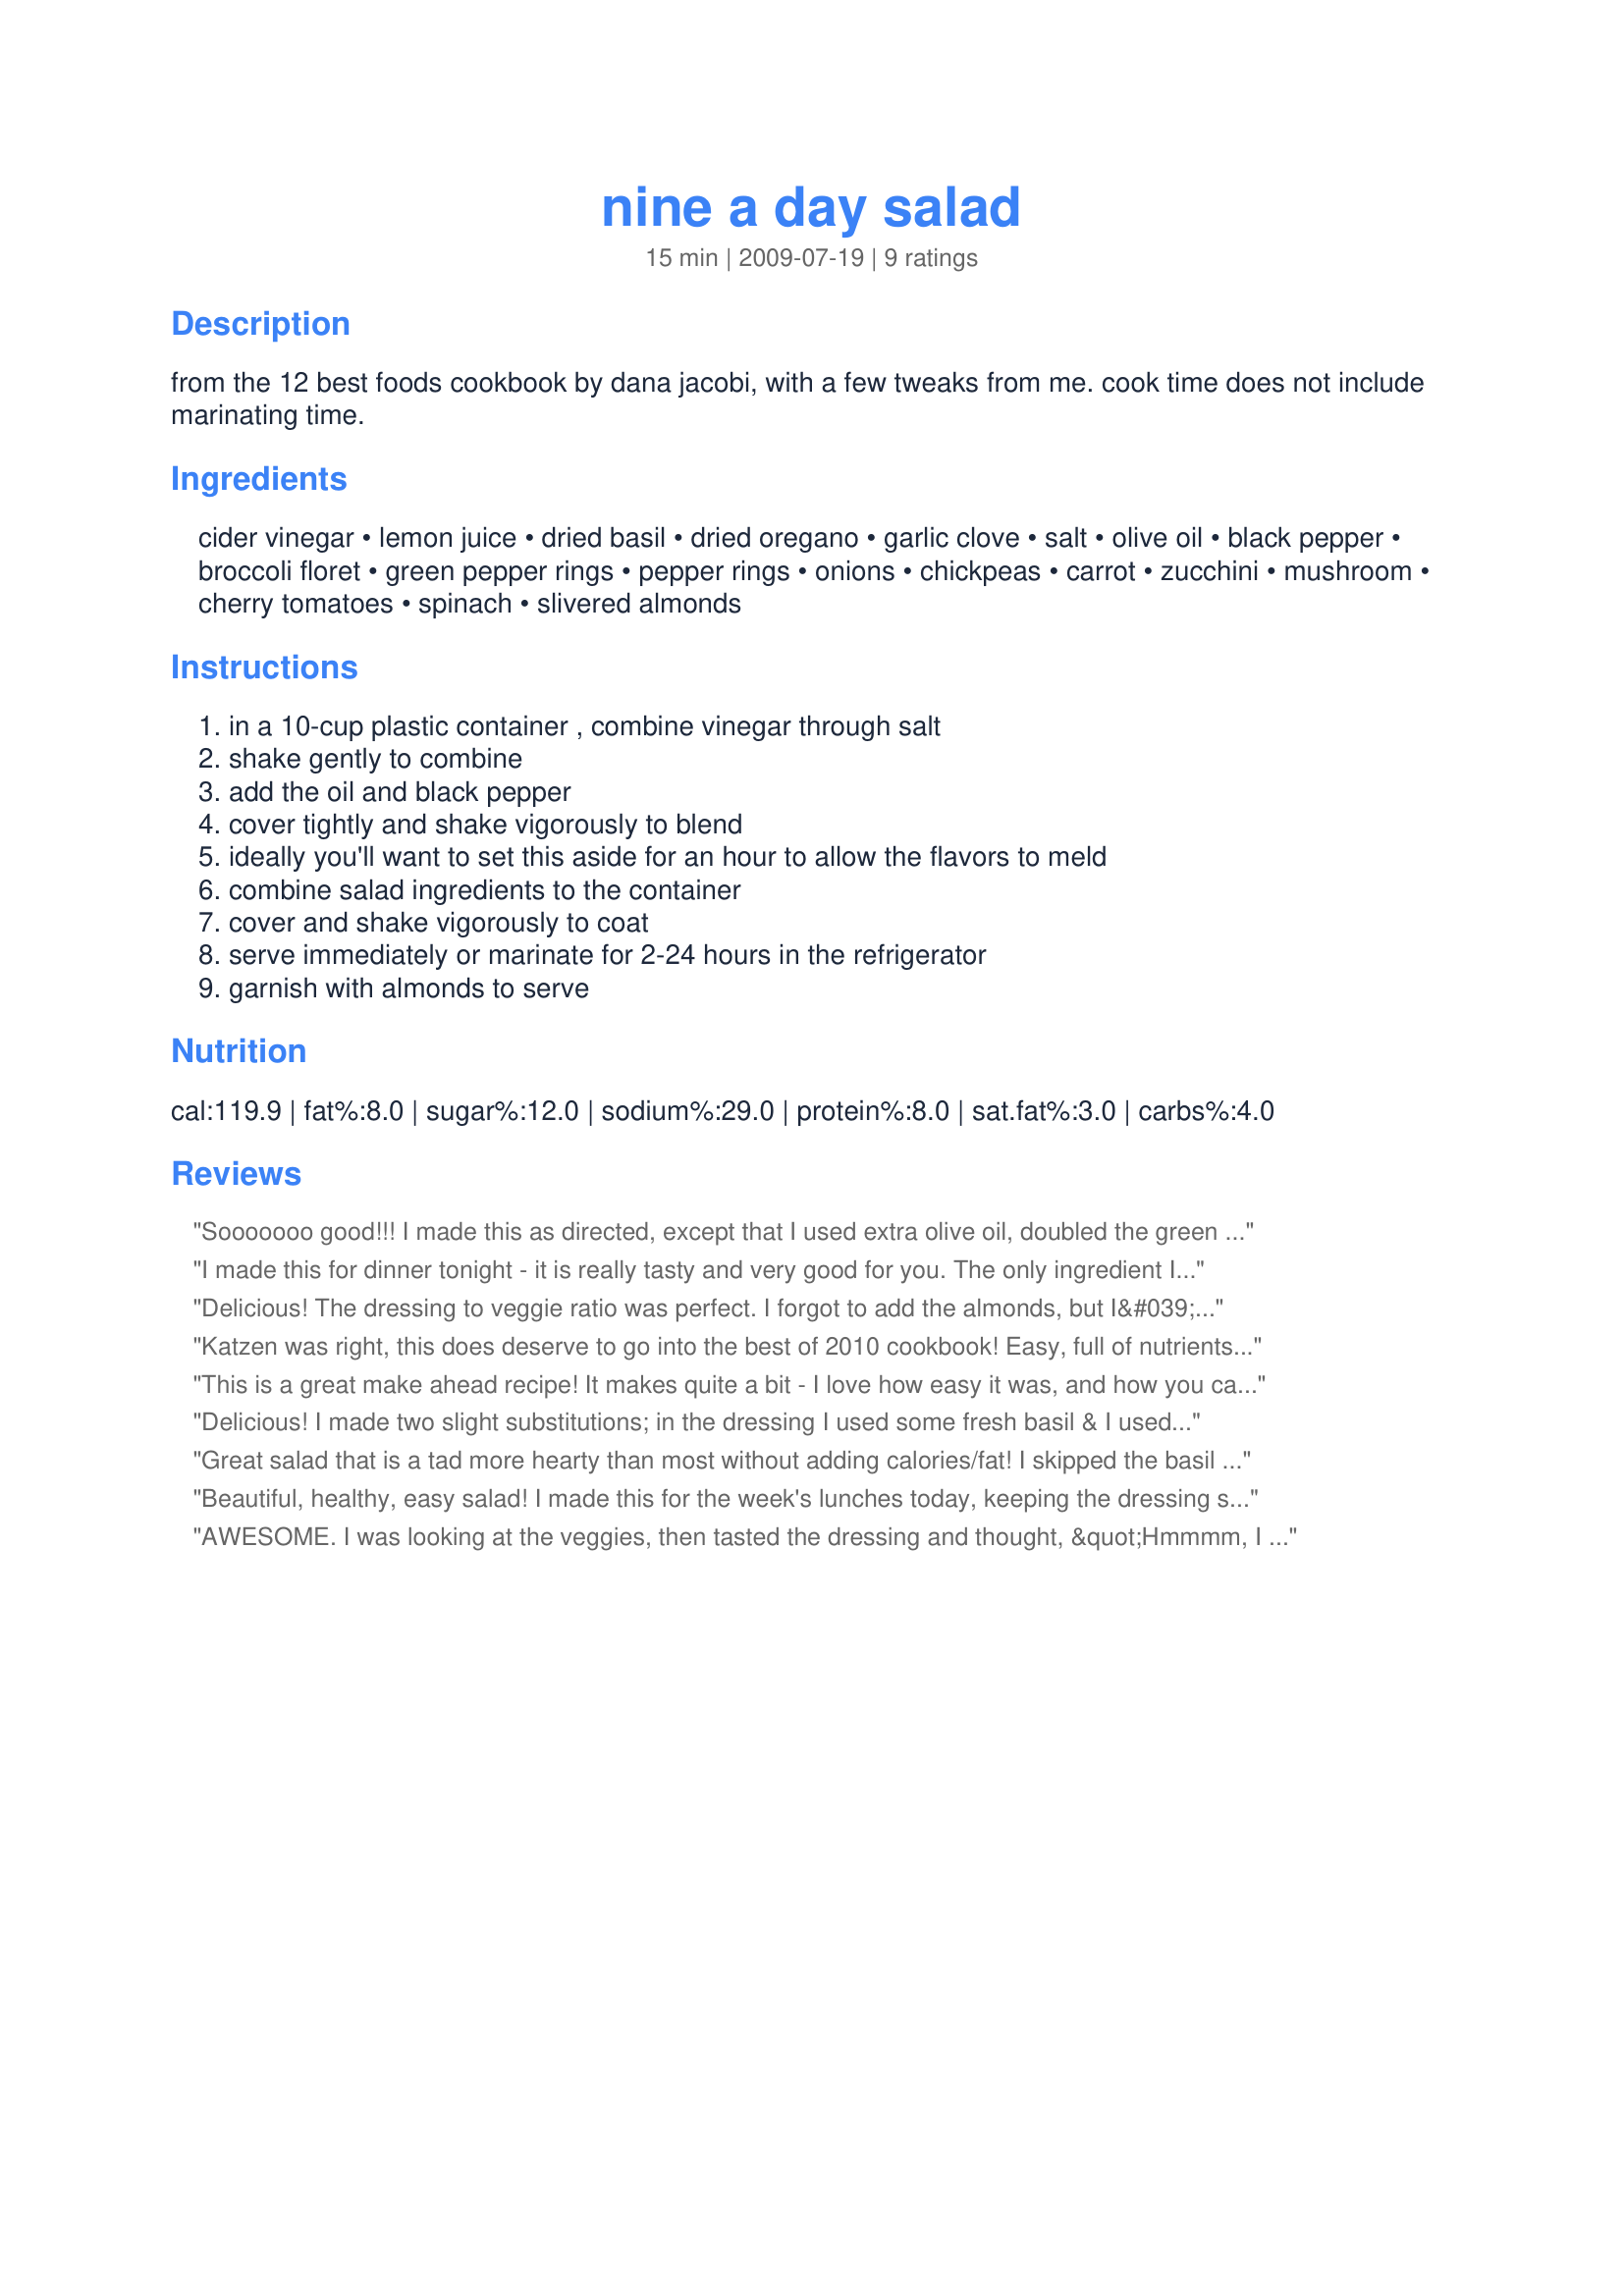
nine a day salad
Preparation time: 15 minutes

from the 12 best foods cookbook by dana jacobi, with a few tweaks from me. cook time does not include marinating time.

Ingredients:
cider vinegar, lemon juice, dried basil, dried oregano, garlic clove, salt, olive oil, black pepper, broccoli floret, green pepper rings, pepper rings, onions, chickpeas, carrot, zucchini, mushroom, cherry tomatoes, spinach, slivered almonds

Steps:
in a 10-cup plastic container , combine vinegar through salt, shake gently to combine, add the oil and black pepper, cover tightly and shake vigorously to blend, ideally you'll want to set this aside for an hour to allow the flavors to meld, combine salad ingredients to the container, cover and shake vigorously to coat, serve immediately or marinate for 2-24 hours in the refrigerator, garnish with almonds to serve

Reviews:
Sooooooo good!!! I made this as directed, except that I used extra olive oil, doubled the green pepper, and omitted the red pepper, and I doubled the recipe for a party. I got tons of compliments at the party. People kept asking me what kind of dressing I used and couldn't believe I made it myself. My mother-in-law asked for the recipe. I really enjoyed the combination of flavors and will definitely make this again. I don't usually use a recipe for salad, but this was a delightful and refreshing change from my usual creations. Made for Veggie Swap 13.
I made this for dinner tonight - it is really tasty and very good for you. The only ingredient I didn't use was the spinach, but I added more of the other vegetables instead. This would be a fantastic addition to any buffet or large gathering. Thanks Smelly, we really enjoyed this recipe.
Delicious! The dressing to veggie ratio was perfect. I forgot to add the almonds, but I&#039;ll be making this again soon and can&#039;t wait to see what they add. Thanks for sharing the keeper!
Katzen was right, this does deserve to go into the best of 2010 cookbook! Easy, full of nutrients, and delicious too! Thanks!
This is a great make ahead recipe! It makes quite a bit - I love how easy it was, and how you can sub or omit veggies based on what you have in the fridge. I didn't include the chickpeas this time, but I can imagine that would be a fabulous addition and would make it a great main dish salad. Made the night before a dinner party and then just brought to room temperature before we ate, tossed in some extra spinach and voila! Thanks Smelly! VegSwap Jan10.
Delicious! I made two slight substitutions; in the dressing I used some fresh basil & I used some white beans in the salad because that was what I had on hand. I think I could be a vegetarian!
Great salad that is a tad more hearty than most without adding calories/fat! I skipped the basil (out of) the chickpeas and almonds. Delish! This makes a lot of salad! Will be having leftovers for lunch! Thanks for sharing!
Beautiful, healthy, easy salad! I made this for the week's lunches today, keeping the dressing separate - I'll toss two portions together each morning - simple! I added both broccoli and cauliflower, doubling the other veggies. The dressing is so delicious! Thanks for posting, Smelly! Made for my adopted chef, in Veggie Swap 20.
AWESOME. I was looking at the veggies, then tasted the dressing and thought, &quot;Hmmmm, I don&#039;t know. Maybe it needs something else.&quot; NOPE!!!! It is good at first bite without any marinating at all. In the dressing I used fresh basil and oregano (just doubled the amts). For the salad I used the cauliflower option which I HIGHLY recommend. Used red, orange and yellow bell peppers for color. Threw in some celery (hey, why not). Used white beans which were great. Then subbed arugula for the spinach. AWESOME. UPDATE: this time I threw in some asparagus that I cooked in the microwave for 1 minute and subbed out the spinach for shredded kale. I also used tarragon vinegar and lime instead of lemon...and subbed some Sunny Paris seasoning for the herbs. Excellent after about 15 minutes of marinating! Love this stuff! I need to take this to the next potluck I go to as I know it would be well received!
